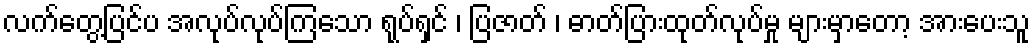
လက်တွေ့ပြင်ပ အလုပ်လုပ်ကြသော ရုပ်ရှင် ၊ ပြဇာတ် ၊ ဓာတ်ပြားထုတ်လုပ်မှု များမှာတော့ အားပေးသူ